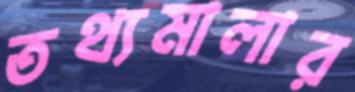
তথ্যমালার